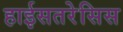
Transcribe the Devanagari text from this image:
हाईसतरेसिस